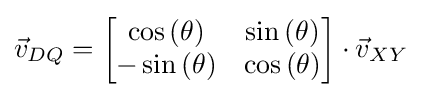
{\vec {v}}_{DQ}={\begin{bmatrix}\cos {\left(\theta \right)}&\sin {\left(\theta \right)}\\-\sin {\left(\theta \right)}&\cos {\left(\theta \right)}\end{bmatrix}}\cdot {\vec {v}}_{XY}